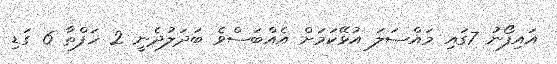
އައިފޯނު 7ގައި މައްސަލަ އުޅޭކަމަށް އެއްބަސްވެ ބަދަލުދެނީ 2 ހަފްތާ 6 ގަޑި